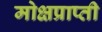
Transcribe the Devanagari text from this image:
मोक्षप्राप्‍ती